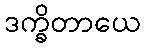
ဒက္ခိတာယေ